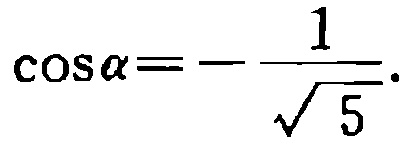
\(\cos \alpha = - \frac{1}{\sqrt{5}}\)